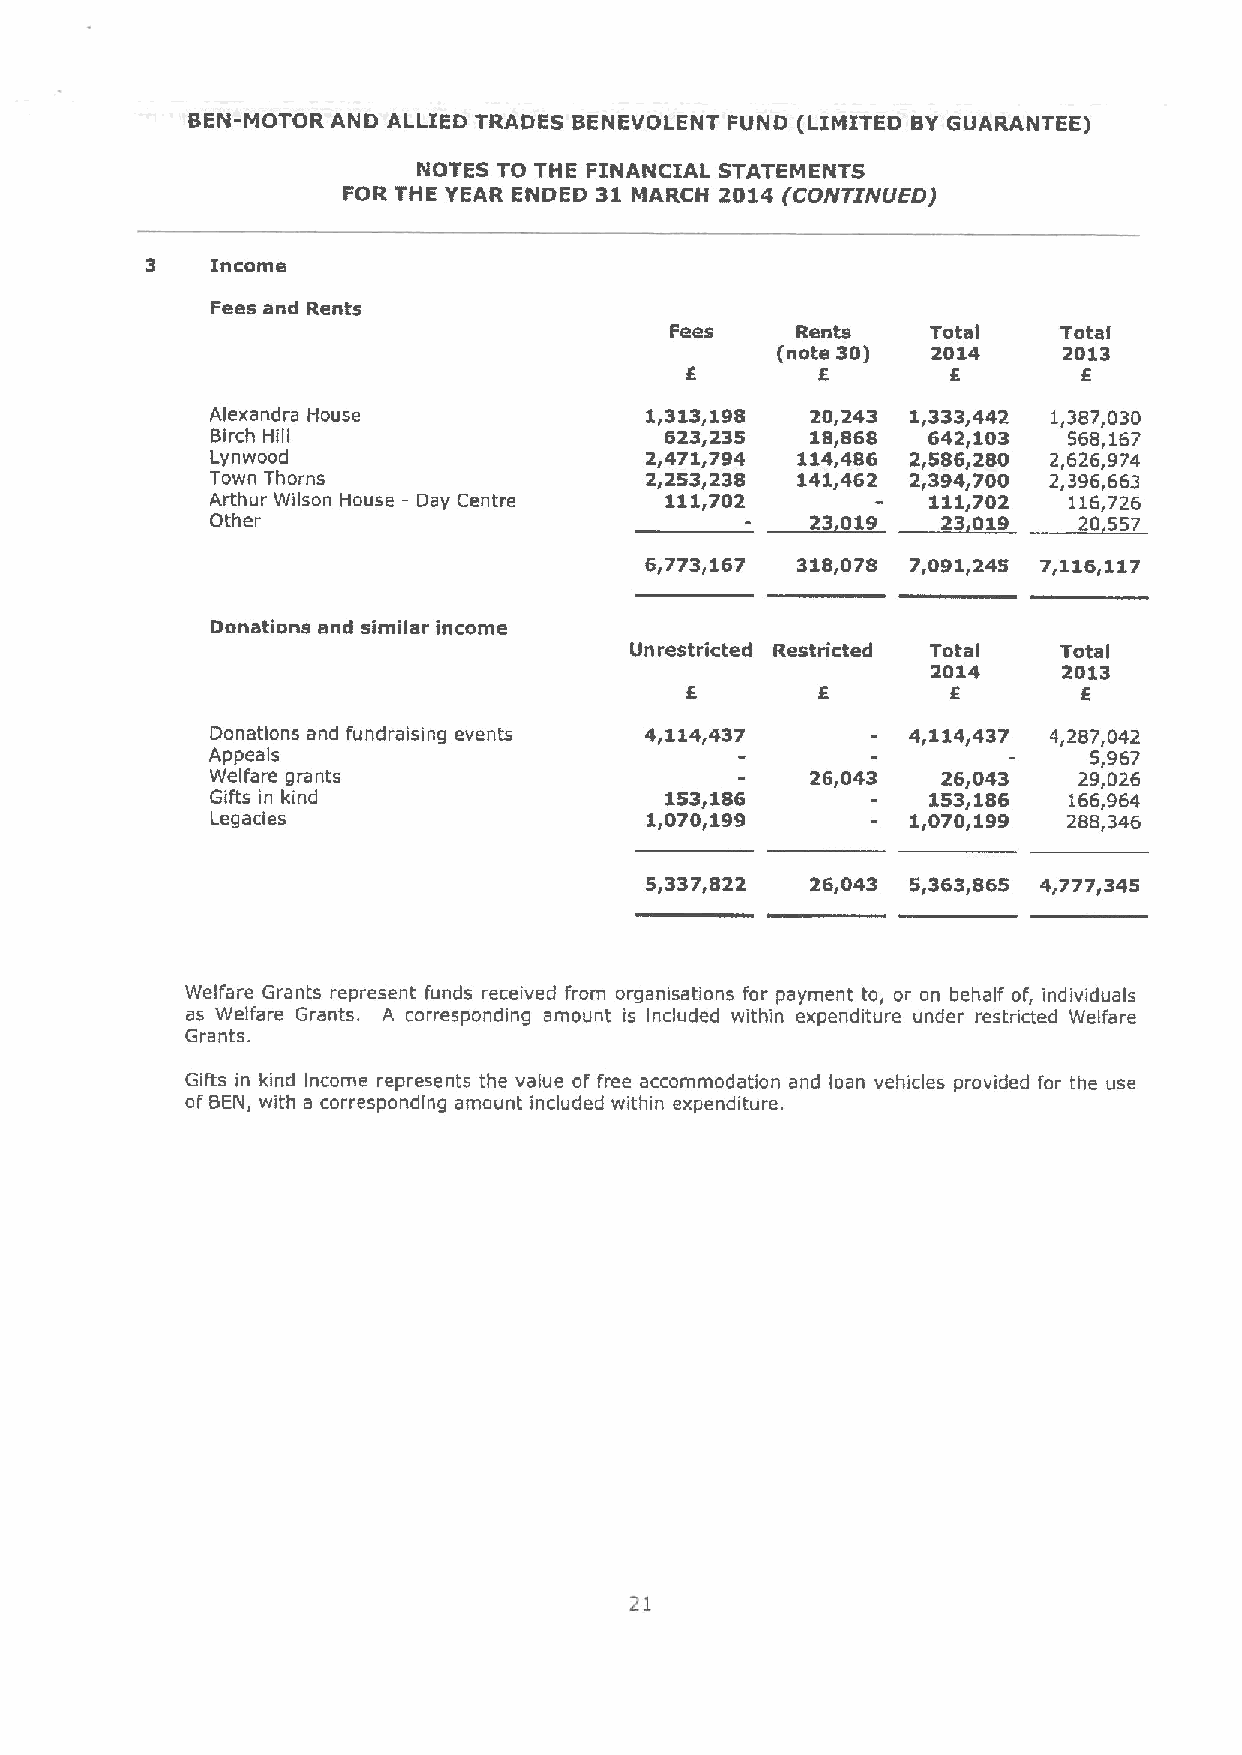
BEN-MOTOR AND ALLIED TRADES BENEVOLENT FUND (LIMITED BY GUARANTEE)
 NOTES TO THE FINANCIAL STATEMENTS
 FOR THE YEAR ENDED 31 MARCH 2014 (CONTINIJED)
 3   Income
 Fees and Rents
 Fees     Rents    Total   Total
 (note 30)  2014    2013
 E        E        E
 Alexandra House              1,313,198  20,243 1,333,442 1,387,030
 Birch Hill                    623,235   18,868 642,103   568,167
 Lynwood                      2,471,794 114,486 2,586,280 2,626,974
 Town Thorns                  2,253,238 141,462 2,394,700 2,396,663
 Arthur Wilson House —Day Centre 111,702         111,702  116,726
 Other                                   23 019  23 019   20 557
 6(773(167 318(078 7(091(245 7(116(117
 Donations and similar income
 Unrestricted Restricted Total Total
 2014    2013
 E        E
 Donations and fundraising events 4,114,437    4,114,437 4,287,042
 Appeals                                                   5,967
 Welfare grants                          26,043  26,043   29,026
 Gifts in kind                 153,186           153,186  166,964
 Legacies                     1,070,199        1,070,199  288,346
 5(337(822  26(043 5(363(865 4(777(345
 Welfare Grants represent funds received from organisations for payment to, or on behalf of, individuals
 as Welfare Grants. A corresponding amount is included within expenditure under restricted Welfare
 Grants.
 Gifts in kind Income represents the value of free accommodation and loan vehicles provided for the use
 ofBEN, with a corresponding amount included within expenditure.
 21